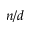
n / d